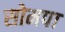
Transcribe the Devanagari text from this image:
सोमपा